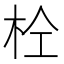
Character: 𭩫